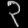
Digit: ၃